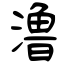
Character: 澛